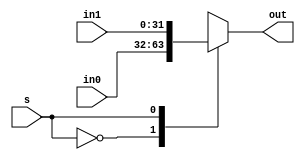
`timescale 1ns / 1ps

module Mux2#(parameter width = 32)
           (in0,
             in1,
             s,
             out);
    
    input      [width-1:0] in0;
    input      [width-1:0] in1;
    input                  s;
    output reg [width-1:0] out;
    
    always @(*) begin
        case (s)
            1'b0: out    <= in0;
            1'b1: out    <= in1;
            default: out <= in0;
        endcase
    end
    
endmodule